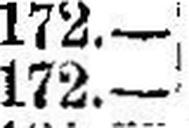
172.—